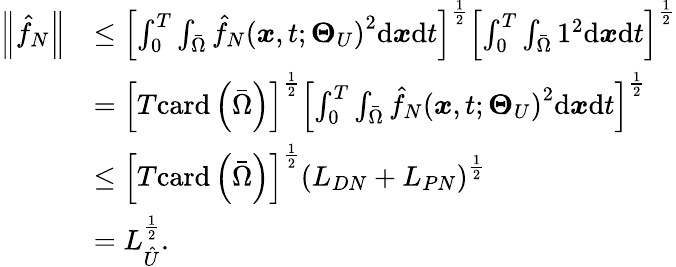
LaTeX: \begin{array}{rl}{\left\| {\hat{f}}_{N}\right\| }&{\leq\left[\int_{0}^{T}\int_{\bar{\Omega}}{\hat{f}}_{N}\left(\boldsymbol{x},t;\boldsymbol{\Theta}_{U}\right)^{2}\mathrm{d}\boldsymbol{x}\mathrm{d}t\right]^{\frac{1}{2}}\left[\int_{0}^{T}\int_{\bar{\Omega}}1^{2}\mathrm{d}\boldsymbol{x}\mathrm{d}t\right]^{\frac{1}{2}}}\\ &{=\left[T\mathrm{card}\left(\bar{\Omega}\right)\right]^{\frac{1}{2}}\left[\int_{0}^{T}\int_{\bar{\Omega}}{\hat{f}}_{N}\left(\boldsymbol{x},t;\boldsymbol{\Theta}_{U}\right)^{2}\mathrm{d}\boldsymbol{x}\mathrm{d}t\right]^{\frac{1}{2}}}\\ &{\leq\left[T\mathrm{card}\left(\bar{\Omega}\right)\right]^{\frac{1}{2}}\left(L_{DN}+L_{PN}\right)^{\frac{1}{2}}}\\ &{=L_{\hat{U}}^{\frac{1}{2}}.}\end{array}